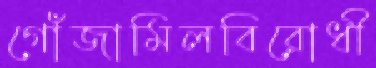
গোঁজামিলবিরোধী